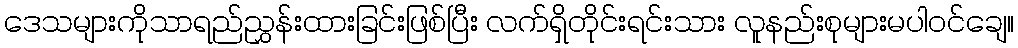
ဒေသများကိုသာရည်ညွှန်းထားခြင်းဖြစ်ပြီး လက်ရှိတိုင်းရင်းသား လူနည်းစုများမပါဝင်ချေ။